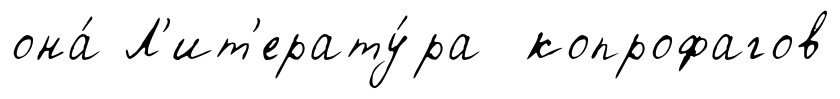
она́ Л'ит'ерату́ра копрофагов